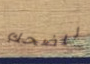
للضحك